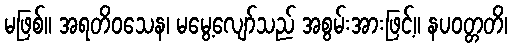
မဖြစ်။ အရတိဝသေန၊ မမွေ့လျော်သည် အစွမ်းအားဖြင့်။ နပဝတ္တတိ၊